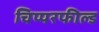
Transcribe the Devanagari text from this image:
चिप्परफील्ड